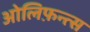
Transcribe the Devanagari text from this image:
ओलिफ़न्त्स